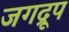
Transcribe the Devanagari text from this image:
जगद्रूप